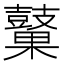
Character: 𲎜